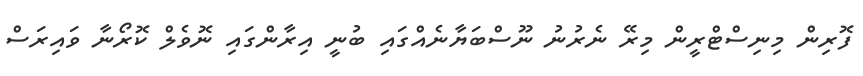
ފޮރިން މިނިސްޓްރީން މިރޭ ނެރުނު ނޫސްބަޔާނެއްގައި ބުނީ އިރާންގައި ނޮވެލް ކޮރޯނާ ވައިރަސް